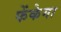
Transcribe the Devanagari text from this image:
फेंकेगा